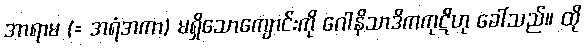
အာရာမ (= အရံအကာ) မရှိသောကျောင်းကို ဂေါနိသာဒိကကုဋိဟု ခေါ်သည်။ ထို